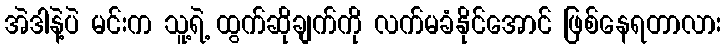
အဲဒါနဲ့ပဲ မင်းက သူ့ရဲ့ ထွက်ဆိုချက်ကို လက်မခံနိုင်အောင် ဖြစ်နေရတာလား